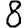
Digit: 8